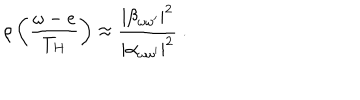
\rho \left( \frac { \omega - e } { T _ { H } } \right) \approx { \frac { | \beta _ { \omega \omega ^ { \prime } } | ^ { 2 } } { | \alpha _ { \omega \omega ^ { \prime } } | ^ { 2 } } } ~ .